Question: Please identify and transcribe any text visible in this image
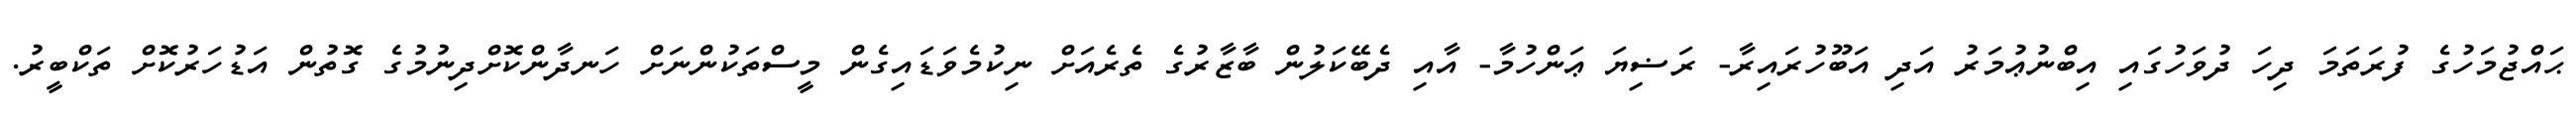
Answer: ޙައްޖުމަހުގެ ފުރަތަމަ ދިހަ ދުވަހުގައި އިބްނުޢުމަރު އަދި އަބޫހުރައިރާ- ރަޟިޔަ ޢަންހުމާ- އާއި ދެބޭކަލުން ބާޒާރުގެ ތެރެއަށް ނިކުމެވަޑައިގެން މީސްތަކުންނަށް ހަނދާންކޮށްދިނުމުގެ ގޮތުން އަޑުހަރުކޮށް ތަކްބީރު.